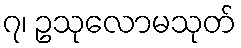
၇၊ ဥသုလောမသုတ်